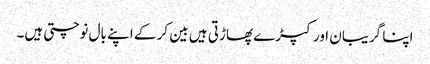
اپنا گریبان اور کپڑے پھاڑتی ہیں بین کر کے اپنے بال نوچتی ہیں۔